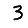
Digit: 3